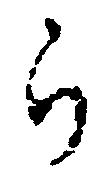
ら